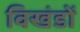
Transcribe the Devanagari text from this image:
विखंडों